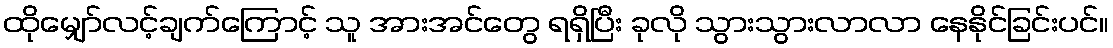
ထိုမျှော်လင့်ချက်ကြောင့် သူ အားအင်တွေ ရရှိပြီး ခုလို သွားသွားလာလာ နေနိုင်ခြင်းပင်။